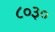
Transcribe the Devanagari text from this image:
८०३०